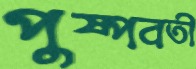
পুষ্পবতী